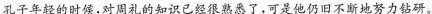
孔子年轻的时候，对周礼的知识已经很熟悉了，可是他仍旧不断地努力钻研。